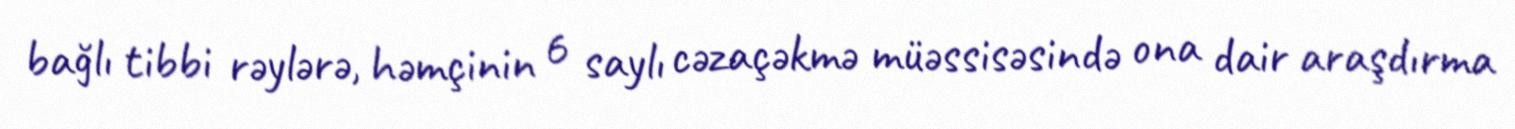
bağlı tibbi rəylərə, həmçinin 6 saylı cəzaçəkmə müəssisəsində ona dair araşdırma